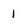
Character: 1